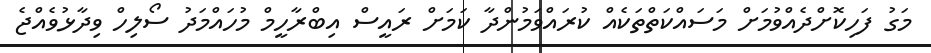
މަގު ފަހިކޮށްދެއްވުމަށް މަސައްކަތްތަކެއް ކުރައްވަމުންދާ ކަމަށް ރައީސް އިބްރާހީމް މުހައްމަދު ސޯލިހް ވިދާޅުވެއްޖެ